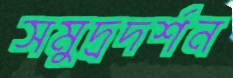
সমুদ্রদর্শন